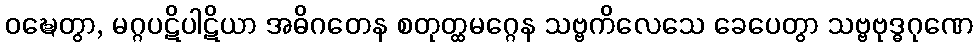
ဝဍ္ဎေတွာ, မဂ္ဂပဋိပါဋိယာ အဓိဂတေန စတုတ္ထမဂ္ဂေန သဗ္ဗကိလေသေ ခေပေတွာ သဗ္ဗဗုဒ္ဓဂုဏေ